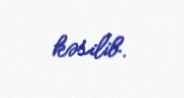
kəsilib.